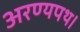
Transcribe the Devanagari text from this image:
अरण्यपथ।